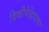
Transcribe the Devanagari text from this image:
विकीपेडियावर